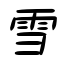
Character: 雪